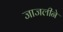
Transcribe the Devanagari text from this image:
जाजलीने